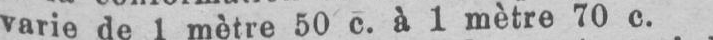
varie de 1 mètre 50 c. à 1 mètre 70 c.